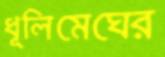
ধূলিমেঘের